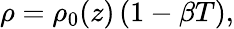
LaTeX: \rho=\rho_{0}(z)\left(1-\beta T\right),